Document type: Pledge
Year: 1265
Scribe: Pere Marc
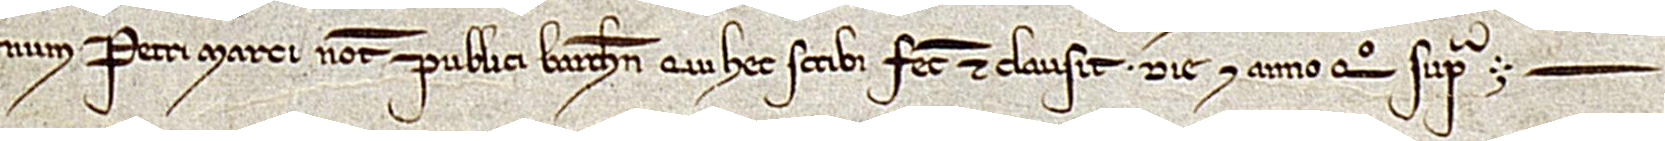
num Petri Marci, notarii publici Barchinone, qui hec scribi fecit et clausit die et anno quo supra.